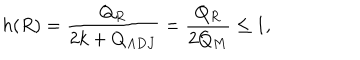
h ( R ) = \frac { Q _ { R } } { 2 k + Q _ { A D J } } = \frac { Q _ { R } } { 2 Q _ { M } } \leq 1 ,